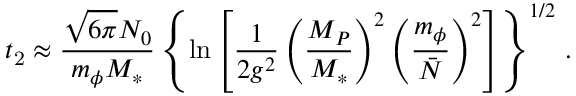
t _ { \mathrm { 2 } } \approx \frac { \sqrt { 6 \pi } N _ { 0 } } { m _ { \phi } M _ { \ast } } \left\{ \ln \left[ \frac { 1 } { 2 g ^ { 2 } } \left( \frac { M _ { P } } { M _ { \ast } } \right) ^ { 2 } \left( \frac { m _ { \phi } } { \bar { N } } \right) ^ { 2 } \right] \right\} ^ { 1 / 2 } \, .